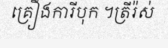
គ្រឿងការីបុក ។ត្រីរ៉ស់